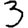
Digit: 3